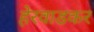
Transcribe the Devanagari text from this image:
हेरवाडकर